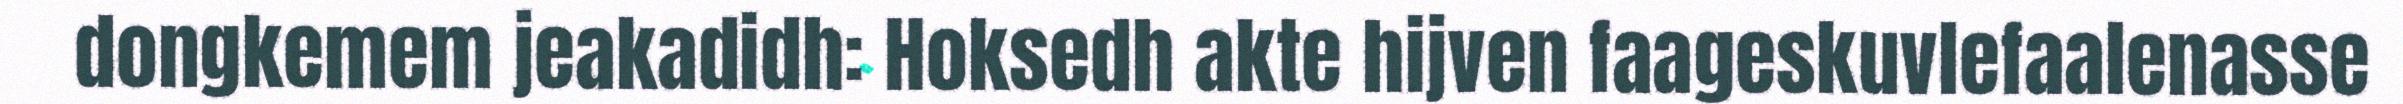
dongkemem jeakadidh: Hoksedh akte hijven faageskuvlefaalenasse